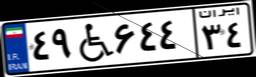
۴۹W۶۴۴۳۴